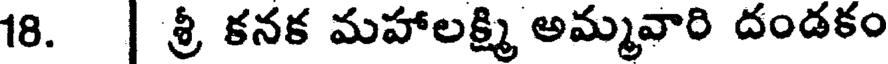
18. | శ్రీ కనక మహాలక్ష్మి అమ్మవారి దండకం